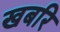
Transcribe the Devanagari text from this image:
खबरि